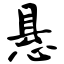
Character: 悬